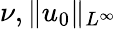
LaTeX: \nu,\| u_{0}\| _{L^{\infty}}